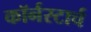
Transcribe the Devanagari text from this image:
कॉर्नस्टार्च